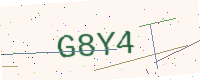
Text: G8Y4